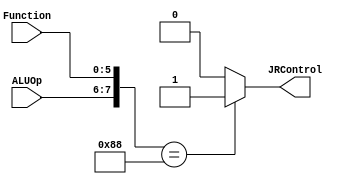
module JRControl_Block( JRControl, ALUOp, Function);
output JRControl;
reg JRControl;
input [1:0] ALUOp;
input [5:0] Function;
wire [7:0] test;
assign test = {ALUOp,Function};
always @(test)
case (test)
 8'b10001000 : JRControl=1'b1; 
 default: JRControl=1'b0;
 endcase
endmodule